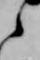
之